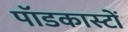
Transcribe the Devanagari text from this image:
पॉडकास्टों